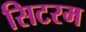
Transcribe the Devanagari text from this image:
सिटरम